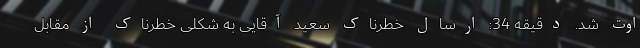
اوت شد. دقیقه 34: ارسال خطرناک سعید آقایی به شکلی خطرناک از مقابل